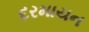
દરમાયન